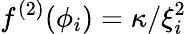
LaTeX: f^{(2)}(\phi_{i})=\kappa/\xi_{i}^{2}